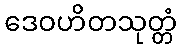
ဒေဝဟိတသုတ္တံ